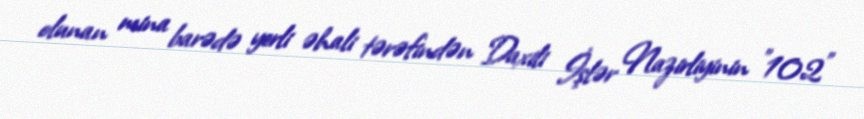
olunan mina barədə yerli əhali tərəfindən Daxili İşlər Nazirliyinin "102"